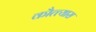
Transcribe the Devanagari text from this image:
कौत्त्यास